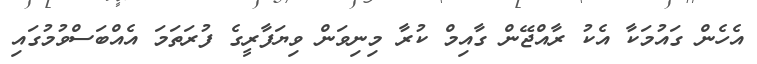
އެހެން ގައުމަކާ އެކު ރާއްޖޭން ގާއިމް ކުރާ މިނިވަން ވިޔަފާރީގެ ފުރަތަމަ އެއްބަސްވުމުގައި